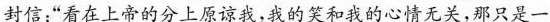
封信：“看在上帝的分上原谅我，我的笑和我的心情无关，那只是一